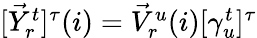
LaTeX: \begin{array}{r}{[\vec{Y}_{r}^{t}]^{\tau}(i)=\vec{V}_{r}^{u}(i)[\gamma_{u}^{t}]^{\tau}}\end{array}